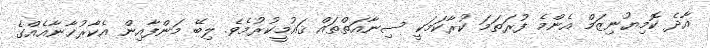
އާދެ ކޮމިޔުނިޒަމް އެންމެ ފުރަތަމަ ކުރާކަމަކީ ސިނާއަތްތައް ޤައުމީކުރުމެވެ. ލިބޭ މަންފާއިން އެކާރުޚާނާއެއްގެ